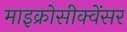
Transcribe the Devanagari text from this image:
माइक्रोसीक्वेंसर